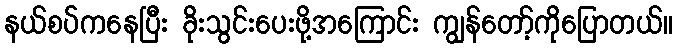
နယ်စပ်ကနေပြီး ခိုးသွင်းပေးဖို့အကြောင်း ကျွန်တော့်ကိုပြောတယ်။